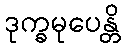
ဒုက္ခမုပေန္တိ